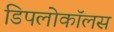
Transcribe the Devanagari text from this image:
डिपलोकॉलस